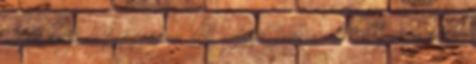
részben helyreállított üzemei ellen, melynek során a macskahegyi légvédelem